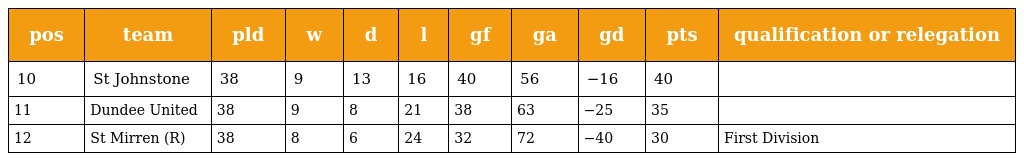
| pos | team | pld | w | d | l | gf | ga | gd | pts | qualification or relegation |
 | --- | --- | --- | --- | --- | --- | --- | --- | --- | --- | --- |
 | 10 | St Johnstone | 38 | 9 | 13 | 16 | 40 | 56 | −16 | 40 |  |
 | 11 | Dundee United | 38 | 9 | 8 | 21 | 38 | 63 | −25 | 35 |  |
 | 12 | St Mirren (R) | 38 | 8 | 6 | 24 | 32 | 72 | −40 | 30 | First Division |